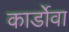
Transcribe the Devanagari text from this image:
कार्डोवा